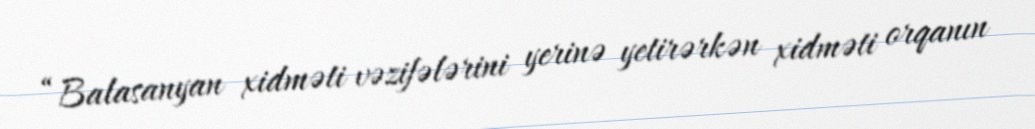
“Balasanyan xidməti vəzifələrini yerinə yetirərkən xidməti orqanın